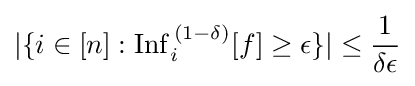
|\{i\in [n]:\operatorname {Inf} _{i}^{\,(1-\delta )}[f]\geq \epsilon \}|\leq {\frac {1}{\delta \epsilon }}